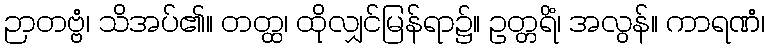
ဉာတဗ္ဗံ၊ သိအပ်၏။ တတ္ထ၊ ထိုလျှင်မြန်ရာ၌။ ဥတ္တရိံ၊ အလွန်။ ကာရဏံ၊